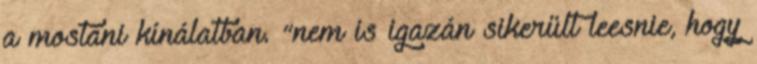
a mostani kínálatban. “nem is igazán sikerült leesnie, hogy